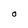
Character: O